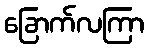
ခြောက်လကြာ